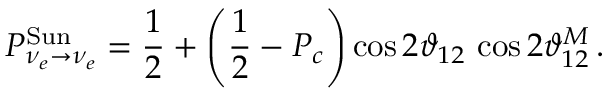
P _ { \nu _ { e } \to \nu _ { e } } ^ { \mathrm { S u n } } = \frac { 1 } { 2 } + \left( \frac { 1 } { 2 } - P _ { c } \right) \cos { 2 \vartheta _ { 1 2 } } \, \cos { 2 \vartheta _ { 1 2 } ^ { M } } \, .